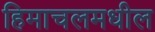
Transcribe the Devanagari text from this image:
हिमाचलमधील